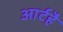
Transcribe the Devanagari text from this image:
आर्टहै